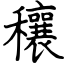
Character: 穰